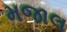
મજાલ